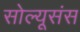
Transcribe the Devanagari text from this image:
सोल्यूसंस